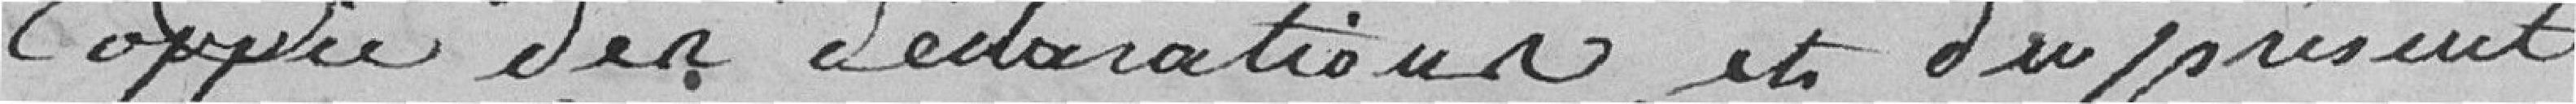
copie des déclarations, et du présent